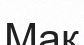
Мак